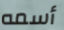
أسمه